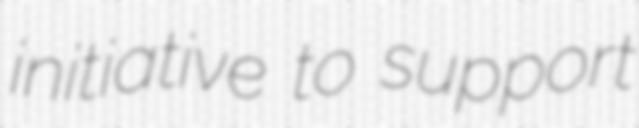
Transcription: initiative to support